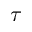
\tau